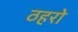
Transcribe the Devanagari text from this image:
ठहरो